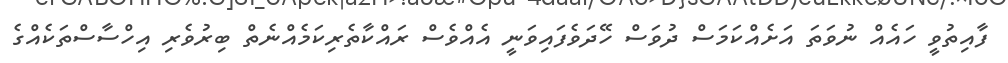
ފާއިތުވީ ހައެއް ނުވަތަ އަށެއްކަމަސް ދުވަސް ހޭދަވެފައިވަނީ އެއްވެސް ރައްކާތެރިކަމެއްނެތް ބިރުވެރި އިހްސާސްތަކެއްގެ